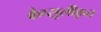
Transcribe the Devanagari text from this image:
कैप्सूलीकृत